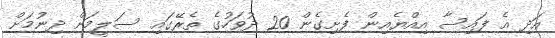
އަދި އެ ފައިސާ އިއްޔެއިން ފެށިގެން 20 ދުވަހުގެ ތެރޭގައި ސަލީމަށް ދިނުމަށް